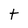
Character: t